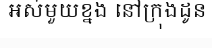
អស់មួយខ្នង នៅក្រុងដូន